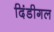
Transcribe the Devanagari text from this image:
दिंडीगल